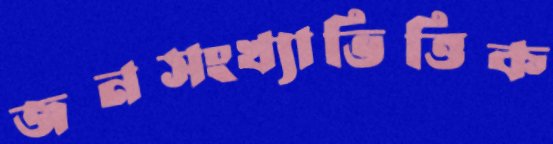
জনসংখ্যাভিত্তিক